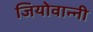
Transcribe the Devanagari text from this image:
जियोवान्नी